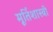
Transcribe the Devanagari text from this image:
मूर्तिशास्त्री